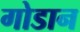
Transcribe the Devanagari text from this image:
गोडान